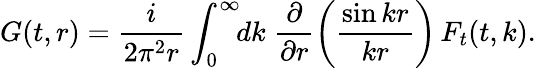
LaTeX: G(t,r)={\frac{i}{2\pi^{2}r}}\int_{0}^{\infty}\! \! dk\; {\frac{\partial}{\partial r}}\bigg({\frac{\sin kr}{kr}}\bigg)\, F_{t}(t,k).